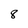
Character: 8